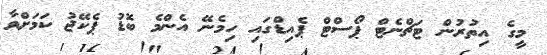
މީގެ އިތުރުން ޓަޗްނެޓް ޕޯސްޓް ޕެއިޑްގައި ހިމެނޭ އެންމެ ބޮޑު ޕެކޭޖު ކަމަށްވާ